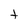
Character: t